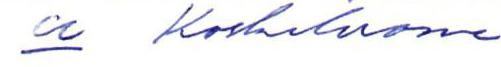
cc Koskiluoma